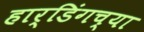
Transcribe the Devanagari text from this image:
हार्डिंगच्या